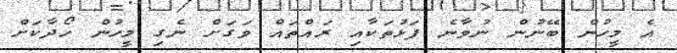
އެ މީހުން ބޭނުން ނުވާާނެ ފަޅުތަކާއި ރައްތައް ވަގަށް ނެގި މީހުން ހޯދާކަށް